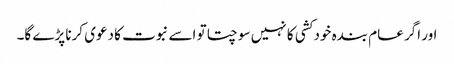
اور اگر عام بندہ خود کشی کا نہیں سوچتا تو اسے نبوت کا دعوی کرنا پڑے گا۔